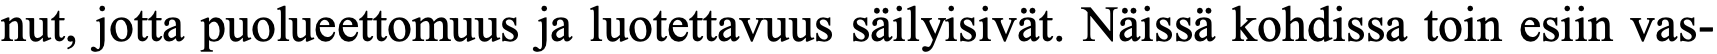
nut, jotta puolueettomuus ja luotettavuus säilyisivät. Näissä kohdissa toin esiin vas-